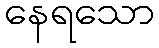
နေရသော